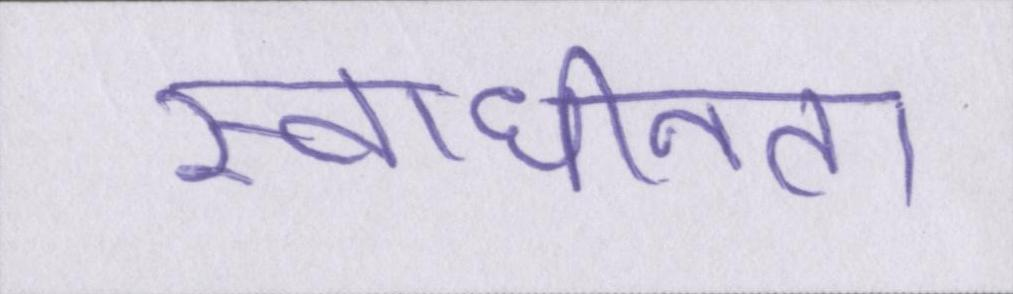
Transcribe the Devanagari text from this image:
स्वाधीनता